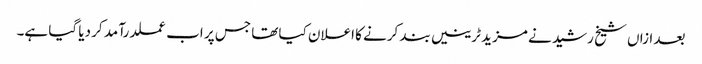
بعد ازاں شیخ رشید نے مزید ٹرینیں بند کرنے کا اعلان کیا تھا جس پر اب عملدرآمد کر دیا گیا ہے۔